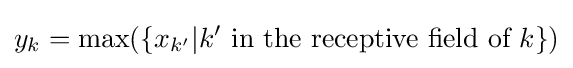
y_{k}=\max(\{x_{k'}|k'{\text{ in the receptive field of }}k\})